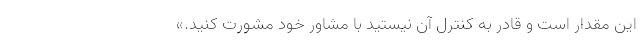
این مقدار است و قادر به کنترل آن نیستید با مشاور خود مشورت کنید.»